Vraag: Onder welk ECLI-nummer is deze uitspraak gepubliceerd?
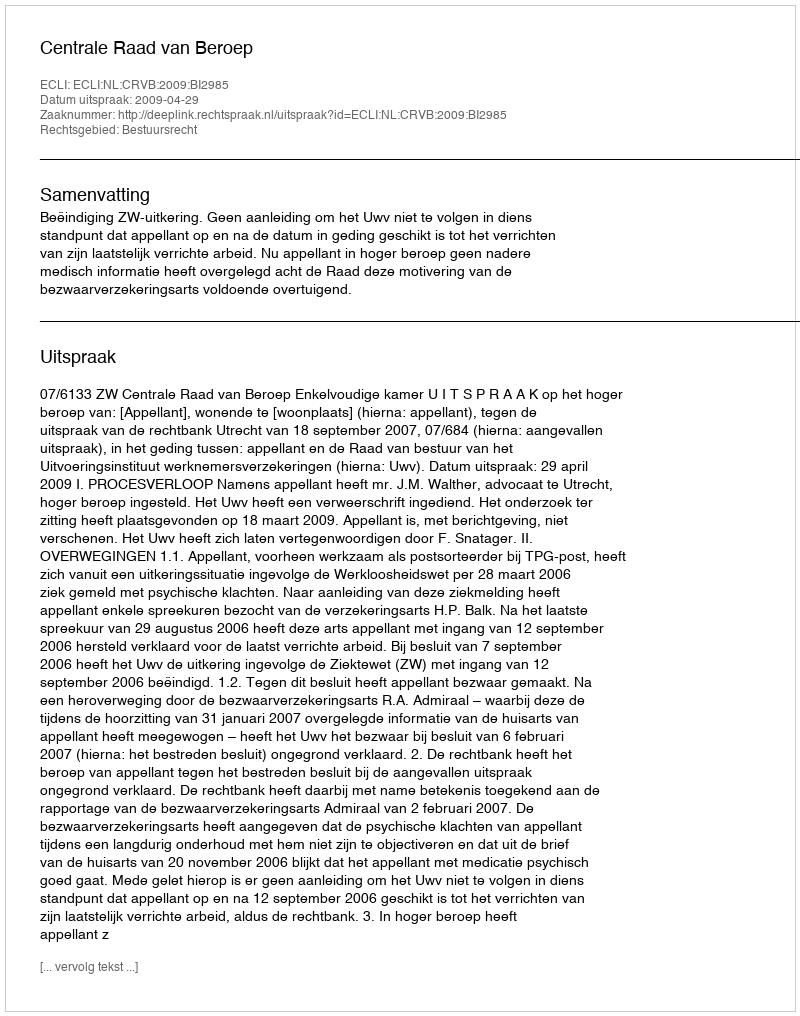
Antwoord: ECLI:NL:CRVB:2009:BI2985